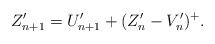
LaTeX: \begin{align*} Z'_{n+1}=U'_{n+1}+(Z'_n-V'_n)^+. \end{align*}